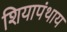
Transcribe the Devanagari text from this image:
शियापंथाय